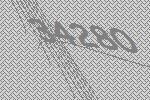
34280